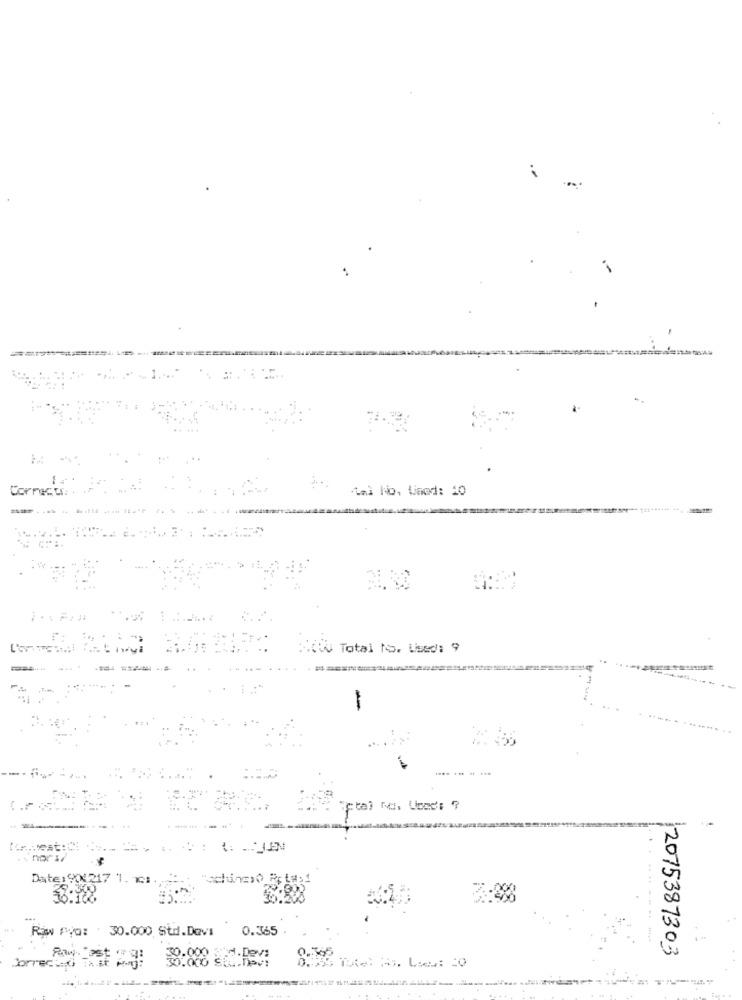
*** il No, Lined: 10
Corrects
2 . . .
Total to. Used: 9
Um
nors
Date:904217 1. 2.1
.300
36.100
7:28
Riw Pya: . 30.000 Std.Dovi
0.365
2075387303
30.000
30.000 3*4.Dev:
30.000 SE
brecind That Any: